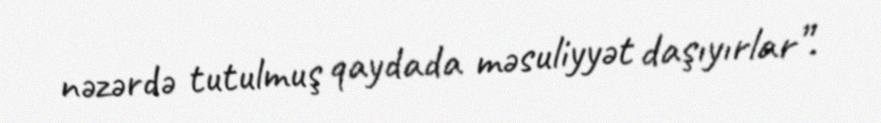
nəzərdə tutulmuş qaydada məsuliyyət daşıyırlar”.